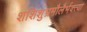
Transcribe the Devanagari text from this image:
शशिशुभ्रमौलैर्भक्त्या